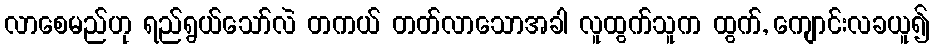
လာစေမည်ဟု ရည်ရွယ်သော်လဲ တကယ် တတ်လာသောအခါ လူထွက်သူက ထွက်, ကျောင်းလခယူ၍